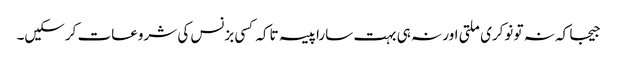
جیجا کہ نہ تو نوکری ملتی اور نہ ہی بہت سارا پیسہ تاکہ کسی بزنس کی شروعات کرسکیں۔